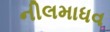
નીલમાધવ